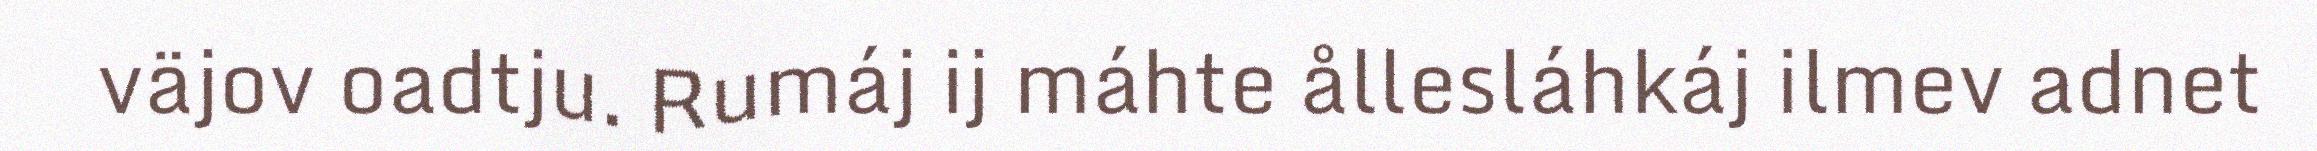
väjov oadtju. Rumáj ij máhte ållesláhkáj ilmev adnet